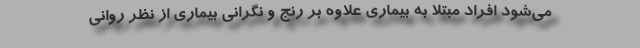
می‌شود افراد مبتلا به بیماری علاوه بر رنج و نگرانی بیماری از نظر روانی